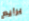
برايم